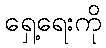
ရှေ့ရေးကို